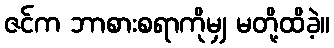
ဇင်က ဘာစားစရာကိုမျှ မတို့ထိခဲ့။